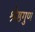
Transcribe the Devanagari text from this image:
श्रेष्ठगुण